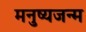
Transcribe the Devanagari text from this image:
मनुष्यजन्म